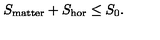
S _ { \mathrm { m a t t e r } } + S _ { \mathrm { h o r } } \leq S _ { 0 } .